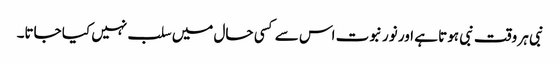
نبی ہر وقت نبی ہوتا ہے اور نور نبوت اس سے کسی حال میں سلب نہیں کیا جاتا۔